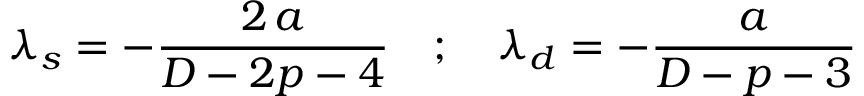
\lambda _ { s } = - \frac { 2 \, a } { D - 2 p - 4 } \quad ; \quad \lambda _ { d } = - \frac { a } { D - p - 3 }